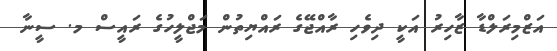
އަޒްމިރަލްޑާ ޒާހިރު އަކީ ދިވެހި ރާއްޖޭގެ ރައްޔިތުން މަޖްލީހުގެ ރައީސް މ. ސީނާ